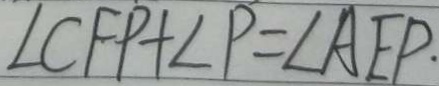
\angle C F P + \angle P = \angle A E P .